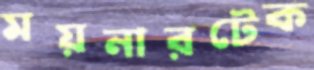
ময়নারটেক